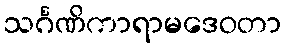
သင်္ဂဏိကာရာမဒေဝတာ